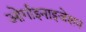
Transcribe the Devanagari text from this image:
ओर्गाइनाइजेशन